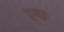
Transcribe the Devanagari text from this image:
एक